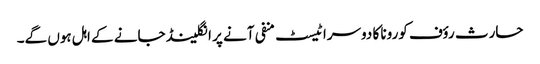
حارث رؤف کورونا کا دوسرا ٹیسٹ منفی آنے پر انگلینڈ جانے کے اہل ہوں گے۔